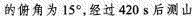
的俯角为15°，经过420s后测山